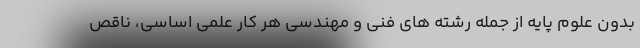
بدون علوم پایه از جمله رشته های فنی و مهندسی هر کار علمی اساسی، ناقص